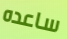
ساعده